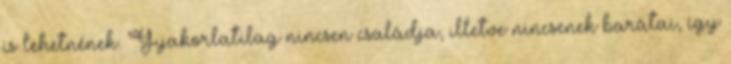
is lehetnének. Gyakorlatilag nincsen családja, illetve nincsenek barátai, így